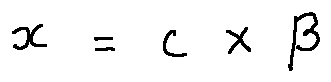
x = c \times \beta